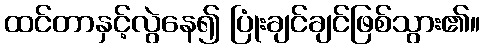
ထင်တာနှင့်လွဲနေ၍ ပြုံးချင်ချင်ဖြစ်သွား၏။